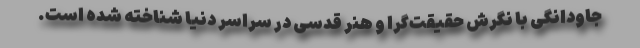
جاودانگی با نگرش حقیقت‌گرا و هنر قدسی در سراسر دنیا شناخته شده است.